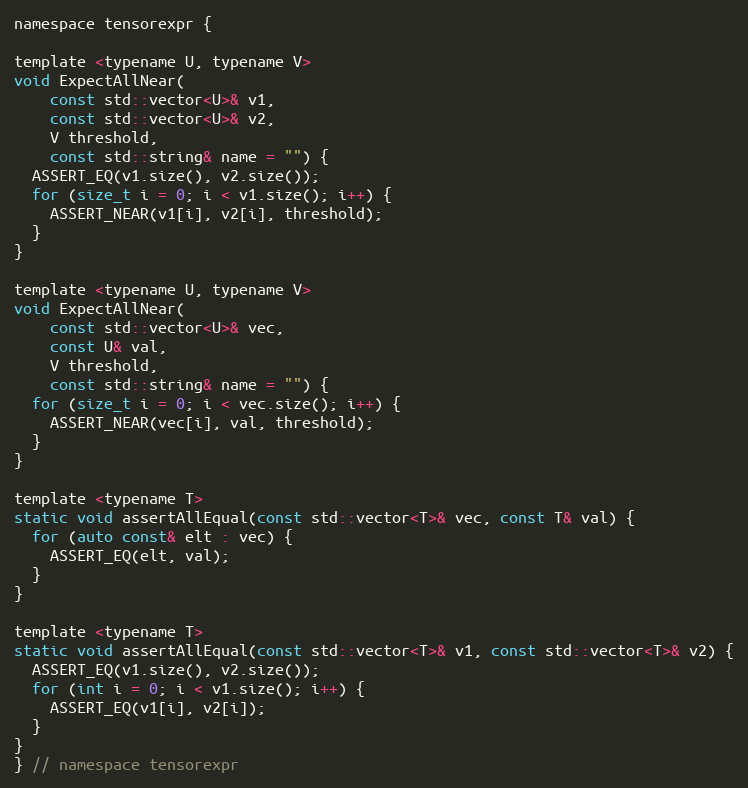
Language: C
namespace tensorexpr {

template <typename U, typename V>
void ExpectAllNear(
    const std::vector<U>& v1,
    const std::vector<U>& v2,
    V threshold,
    const std::string& name = "") {
  ASSERT_EQ(v1.size(), v2.size());
  for (size_t i = 0; i < v1.size(); i++) {
    ASSERT_NEAR(v1[i], v2[i], threshold);
  }
}

template <typename U, typename V>
void ExpectAllNear(
    const std::vector<U>& vec,
    const U& val,
    V threshold,
    const std::string& name = "") {
  for (size_t i = 0; i < vec.size(); i++) {
    ASSERT_NEAR(vec[i], val, threshold);
  }
}

template <typename T>
static void assertAllEqual(const std::vector<T>& vec, const T& val) {
  for (auto const& elt : vec) {
    ASSERT_EQ(elt, val);
  }
}

template <typename T>
static void assertAllEqual(const std::vector<T>& v1, const std::vector<T>& v2) {
  ASSERT_EQ(v1.size(), v2.size());
  for (int i = 0; i < v1.size(); i++) {
    ASSERT_EQ(v1[i], v2[i]);
  }
}
} // namespace tensorexpr